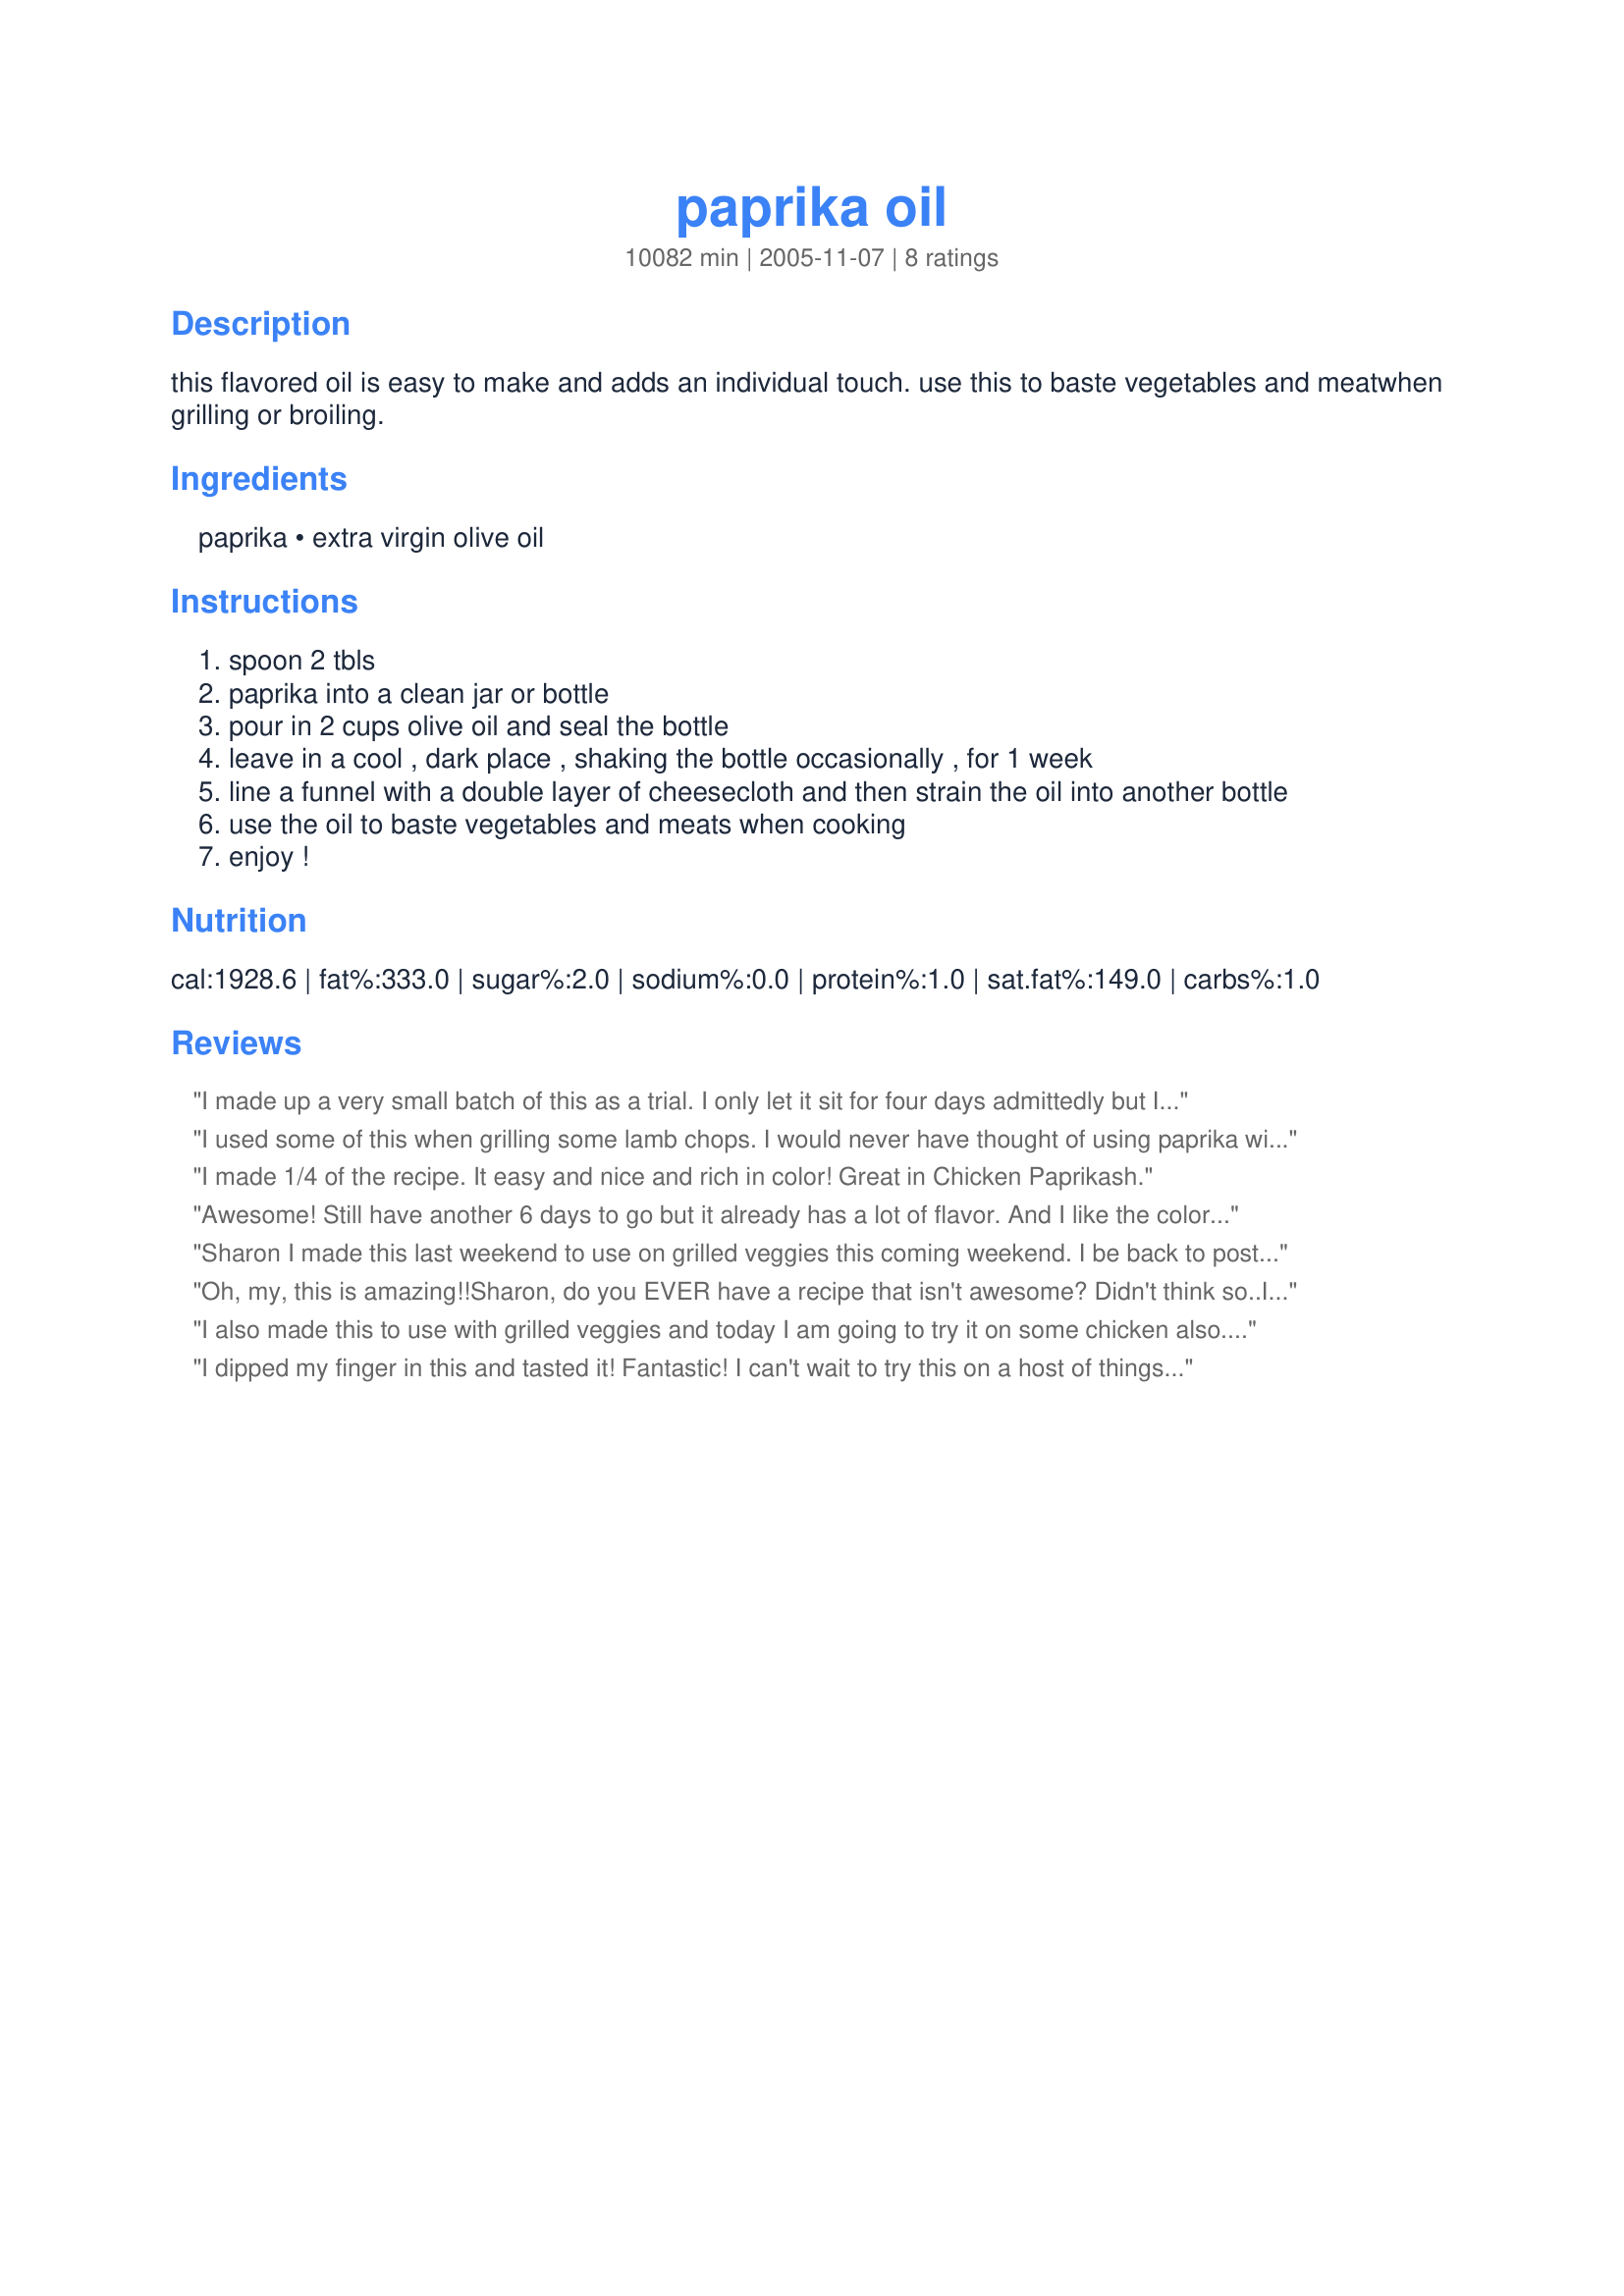
paprika oil
Preparation time: 10082 minutes

this flavored oil is easy to make and adds an individual touch. use this to baste vegetables and meatwhen grilling or broiling.

Ingredients:
paprika, extra virgin olive oil

Steps:
spoon 2 tbls
paprika into a clean jar or bottle
pour in 2 cups olive oil and seal the bottle
leave in a cool , dark place , shaking the bottle occasionally , for 1 week
line a funnel with a double layer of cheesecloth and then strain the oil into another bottle
use the oil to baste vegetables and meats when cooking
enjoy !

Reviews:
I made up a very small batch of this as a trial. I only let it sit for four days admittedly but I think it did well on infusing the flavor as it has been sitting in my hot kitchen instead of an air conditioned room. I used it to roast my asparagus and red/yellow bell peppers and it gave it a little push of flavor. I might consider making this for gifts in the future. Definitely going to use this for grilling this summer. I'm thinking grilled corn next. Made for my Babes for ZWT4.
I used some of this when grilling some lamb chops. I would never have thought of using paprika with lamb, but I love paprika, so why not! It was surprisingly tasty! I was serving the chops with mashed potatoes, so I also added a little of the oil into the potatoes while they were being mashed: really yummy! Thanks for sharing this recipe, Sharon. As you said, it really can add an individual touch to recipes, and I look forward to deciding what else I'll use it with.

I made 1/4 of the recipe. It easy and nice and rich in color! Great in Chicken Paprikash.
Awesome! Still have another 6 days to go but it already has a lot of flavor. And I like the color too,it reminds me of chili oil.It's so pretty!
Sharon I made this last weekend to use on grilled veggies this coming weekend. I be back to post my updated review later. Sure looks pretty.
Oh, my, this is amazing!!<br/>Sharon, do you EVER have a recipe that isn't awesome? Didn't think so..I haven't found one yet.<br/>This is going to be a staple for BBQ season--potatoes, veggies, salad dressings, meat--you name it! WOW!! Made for French Forum's Spice of the Month-Paprika.<br/>UPDATE: This summer, I've used this oil with potatoes, corn on the cob, grilled chicken and hamburgers. All were top drawer because of the extra flavor. THX, Sharon. You rock!
I also made this to use with grilled veggies and today I am going to try it on some chicken also. Can't wait to taste the results on that!!!
I dipped my finger in this and tasted it! Fantastic! I can't wait to try this on a host of things. Gifts are definitely in mind! *Made for ZWT4*
